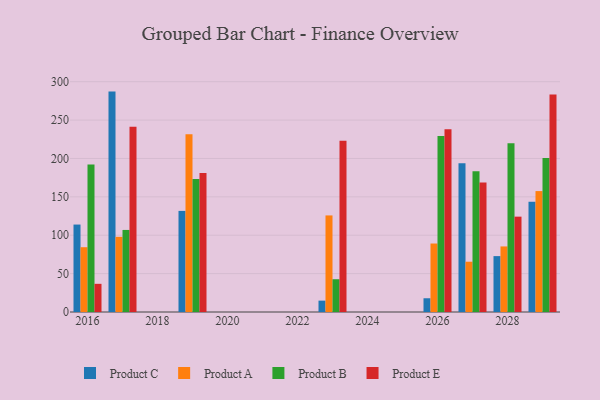
{"axis": {"x": "Year", "y": "Revenue (USD Million)"}, "legend": ["Product A", "Product B", "Product C", "Product E"], "data": [{"x": "2029", "y": 143.6, "type": "Product C"}, {"x": "2029", "y": 157.5, "type": "Product A"}, {"x": "2029", "y": 200.7, "type": "Product B"}, {"x": "2029", "y": 283.3, "type": "Product E"}, {"x": "2023", "y": 14.8, "type": "Product C"}, {"x": "2023", "y": 125.8, "type": "Product A"}, {"x": "2023", "y": 42.7, "type": "Product B"}, {"x": "2023", "y": 223.2, "type": "Product E"}, {"x": "2026", "y": 17.9, "type": "Product C"}, {"x": "2026", "y": 89.2, "type": "Product A"}, {"x": "2026", "y": 229.2, "type": "Product B"}, {"x": "2026", "y": 238.0, "type": "Product E"}, {"x": "2027", "y": 193.9, "type": "Product C"}, {"x": "2027", "y": 65.5, "type": "Product A"}, {"x": "2027", "y": 183.3, "type": "Product B"}, {"x": "2027", "y": 168.6, "type": "Product E"}, {"x": "2017", "y": 287.1, "type": "Product C"}, {"x": "2017", "y": 97.9, "type": "Product A"}, {"x": "2017", "y": 106.9, "type": "Product B"}, {"x": "2017", "y": 241.3, "type": "Product E"}, {"x": "2019", "y": 131.7, "type": "Product C"}, {"x": "2019", "y": 231.6, "type": "Product A"}, {"x": "2019", "y": 173.2, "type": "Product B"}, {"x": "2019", "y": 181.0, "type": "Product E"}, {"x": "2016", "y": 113.9, "type": "Product C"}, {"x": "2016", "y": 84.4, "type": "Product A"}, {"x": "2016", "y": 192.0, "type": "Product B"}, {"x": "2016", "y": 36.7, "type": "Product E"}, {"x": "2028", "y": 72.8, "type": "Product C"}, {"x": "2028", "y": 85.4, "type": "Product A"}, {"x": "2028", "y": 219.7, "type": "Product B"}, {"x": "2028", "y": 124.2, "type": "Product E"}]}